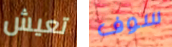
تعيش سوف